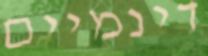
דינמיים